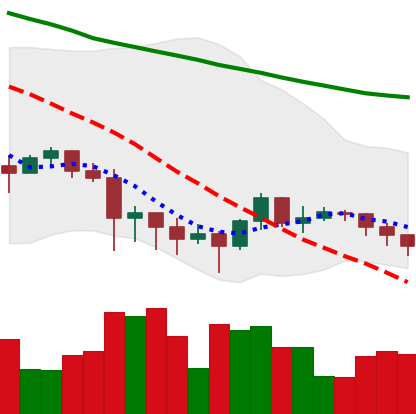
Ticker: XRP-USD
Chart end date: 2022-01-19
Forward return: -17.25%
Label: down_7plus